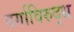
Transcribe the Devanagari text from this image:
वर्गाविरुद्ध